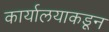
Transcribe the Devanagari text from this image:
कार्यालयाकडून